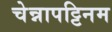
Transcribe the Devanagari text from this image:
चेन्नापट्टिनम